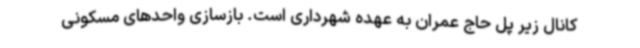
کانال زیر پل حاج عمران به عهده شهرداری است. بازسازی واحدهای مسکونی